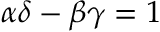
\alpha \delta - \beta \gamma = 1